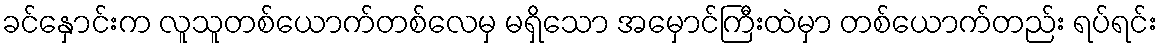
ခင်နှောင်းက လူသူတစ်ယောက်တစ်လေမှ မရှိသော အမှောင်ကြီးထဲမှာ တစ်ယောက်တည်း ရပ်ရင်း